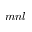
m n l